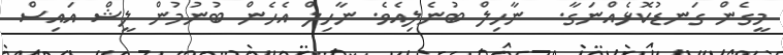
މީގެން ގަނޑުކޮޅެއްނަގާ.  ނާހިލް ބުނެލިއެވެ. ނާހިލް އެހެން ބުނުމުން ލީޝް އައިސް